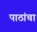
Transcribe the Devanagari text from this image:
पाठांचा